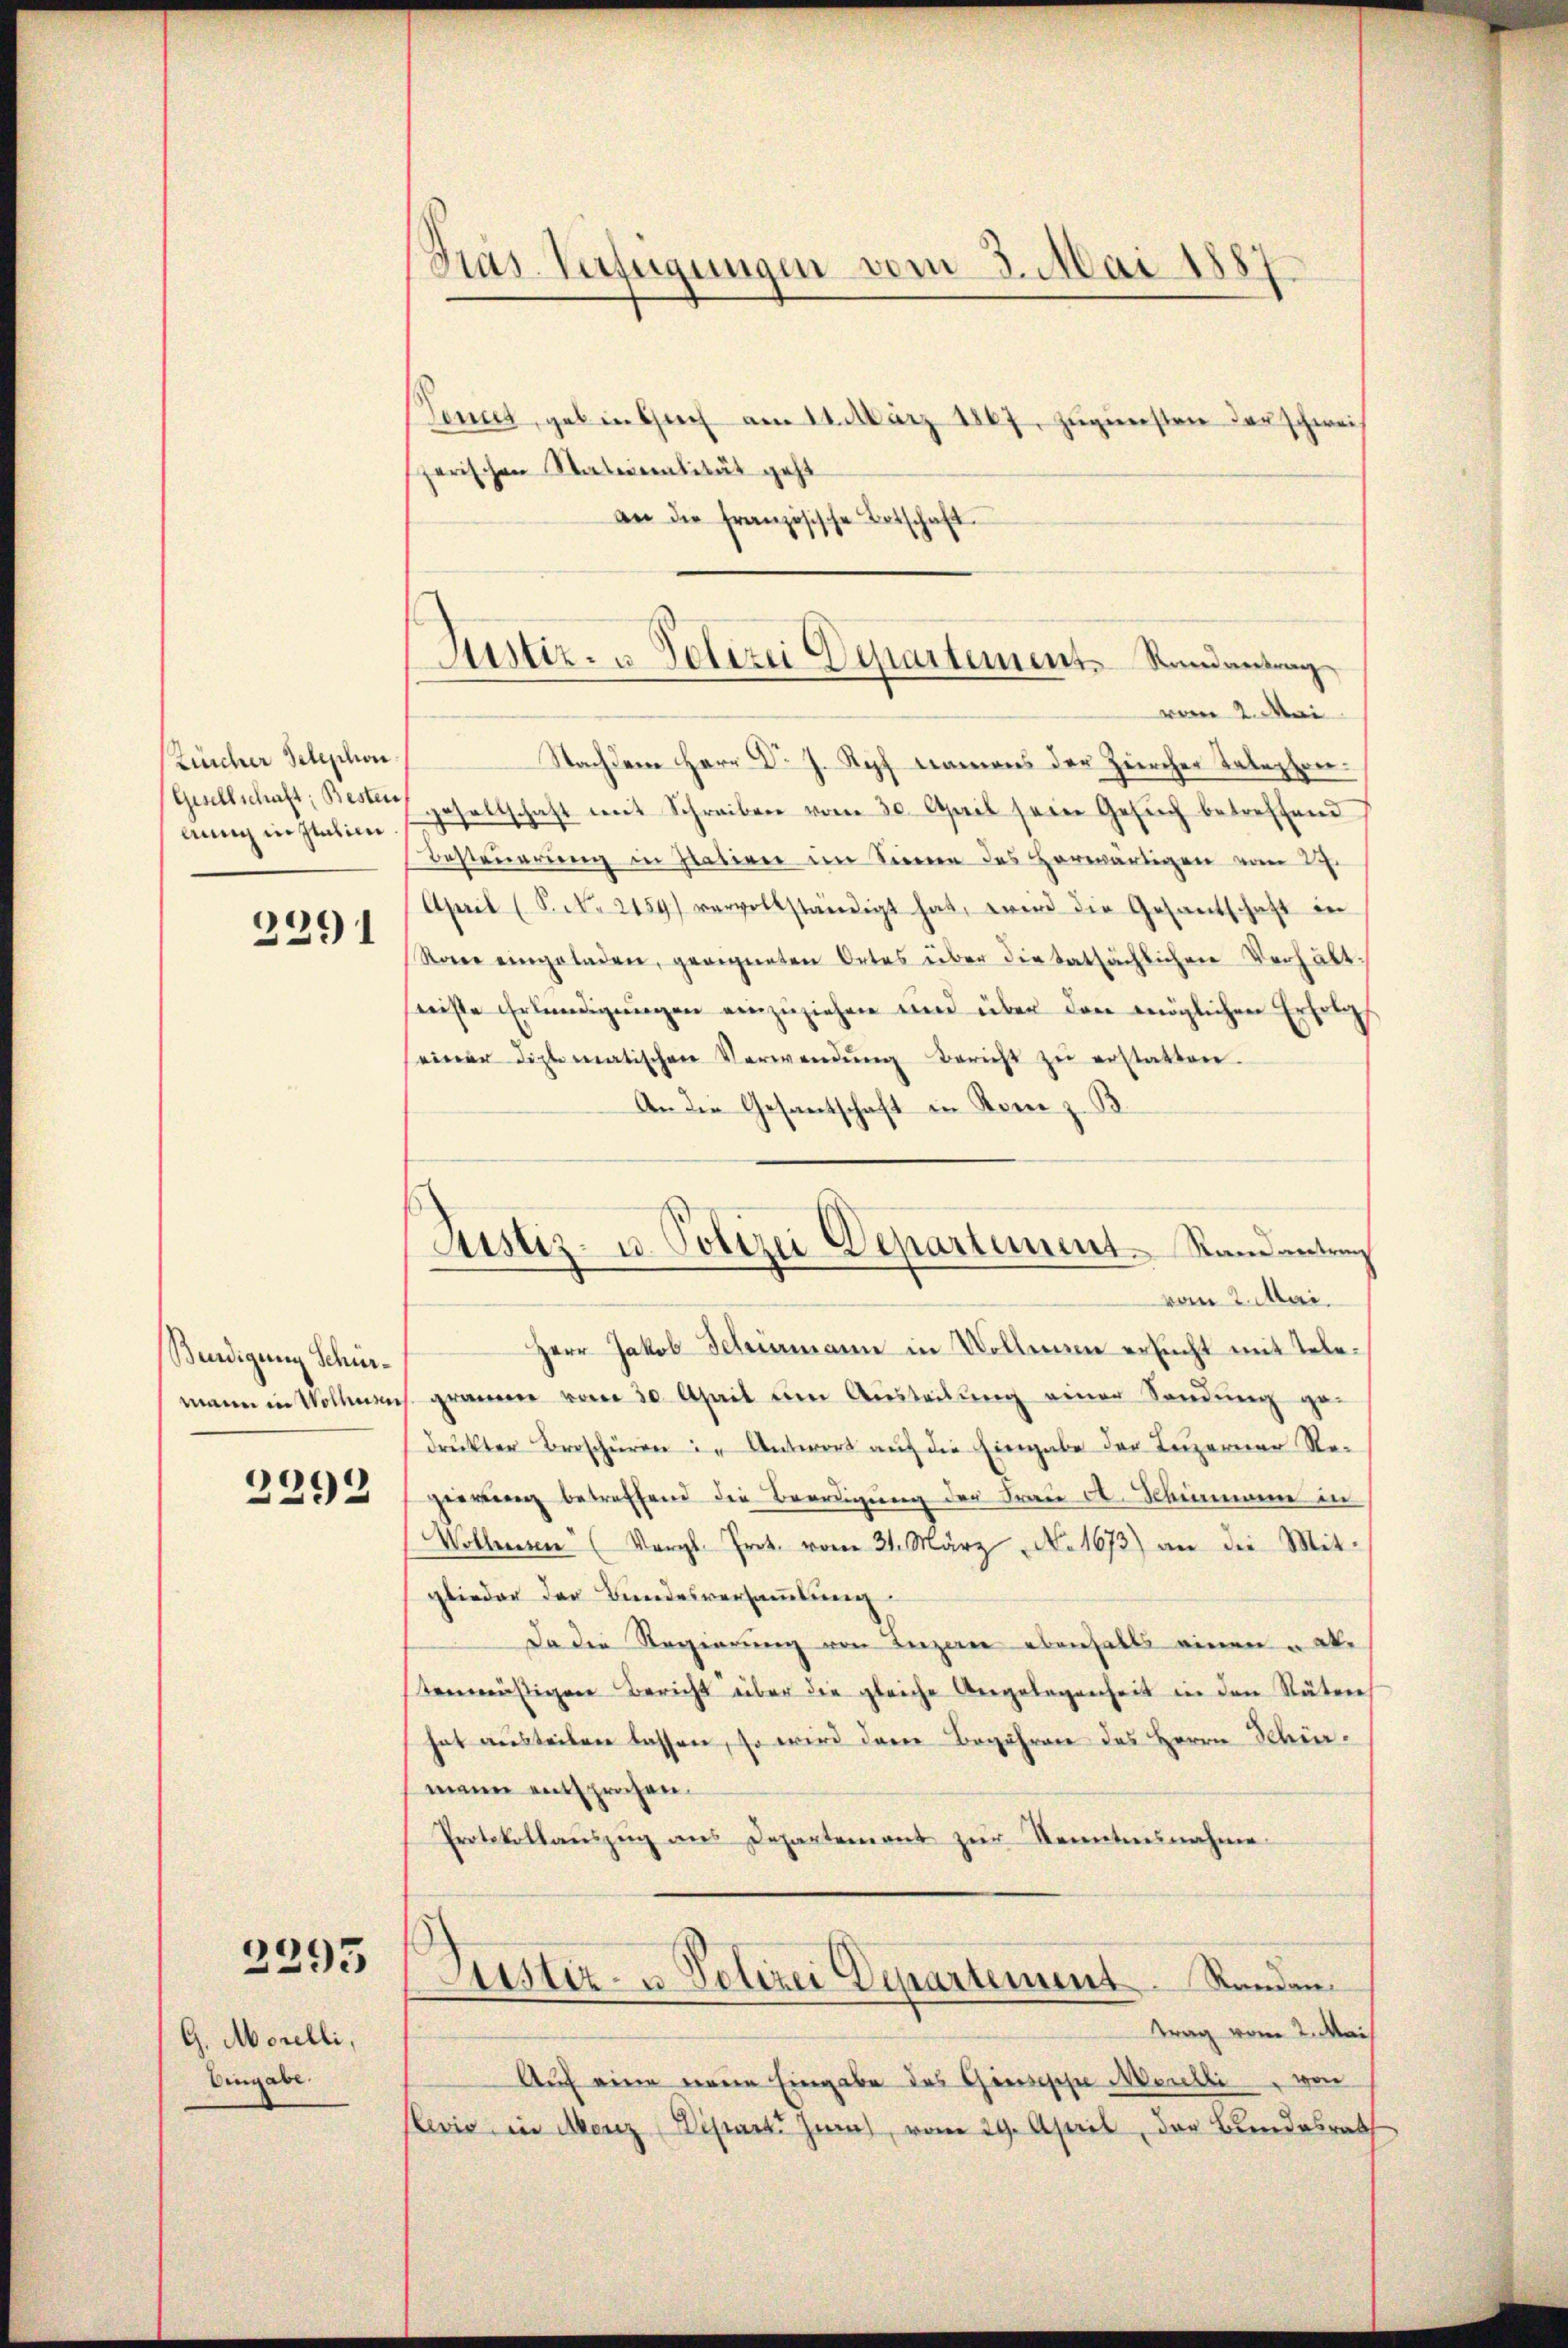
Zürcher Telephon.
lung in Italien.
2291

Bendigung Schie¬

2292

2293

G. Morelli,
Eingabe.

Gras Verfügungen vom 3. Mai 1887

Tennet, gebinksuch am 14. März 1867, zugunsten der schwei¬
u
zerischen Staterialität geht
an die französische Botschaft
vom 2. Mai
Nachdem Herr Dr. J. Kopf namens der Zürcher Telephon.
(Gisellschaft, Bester gehaltschaft mit Schreiben vom 30. April seine Gesŭch betreffend
Besteuerung in Patien im Sinne des Vorwärtigen vom 27.
April (S. N. 2159) vervollständigt hat, wird die Gesantschaft in
Rone eingeladen, geeigneten Ortes über die tatsächlichen Verhältseeiste Erkundigungen einzuziehen und über den möglichen Erfolgs.
seiner diplomatischen Verwendŭng Bericht zŭ erstatten.
An die Gesantschaft in Rom z. B.
Herr Jakob Schiermann in Vollmann ersucht mit Tele-
mann in Vollmens grauen vom 30. April um Aŭsteilŭng einer Sendung ge-
druckter Broschüren in Antwort auf die Eingabe der Luzerner Re-
gierenz betreffend die Beerdigung der Frau A. Schimmene in
Wolleresen (Vergl. Prot. vom 31. März No. 1673) an die Mit-
glieder der Bundesversammlung
Da die Regierung von Luzern ebenfalls einen u abe
tenmäßigen Bericht über die gleiche Angelegenheit in den Stäten
hat austeilen lassen, so wird dann Begehren des Herrn Schirmann entsprochen.
Protokollaŭszŭg ans Departement zŭr Kenntnisnahme
Justiz- u. Polizei Departement. Standen.
trag vom 2. Mai
Auf eine einem Eingabe des Geesische Morelli von
evio in Merz ist Ziel, vom 29. April, der Bundesrath

Justiz- u Polizei Departement-Randantrag

Justiz- u. Polizei Departement Randantrag
vom 2. Mai.